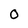
Character: 0